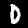
Label: 0